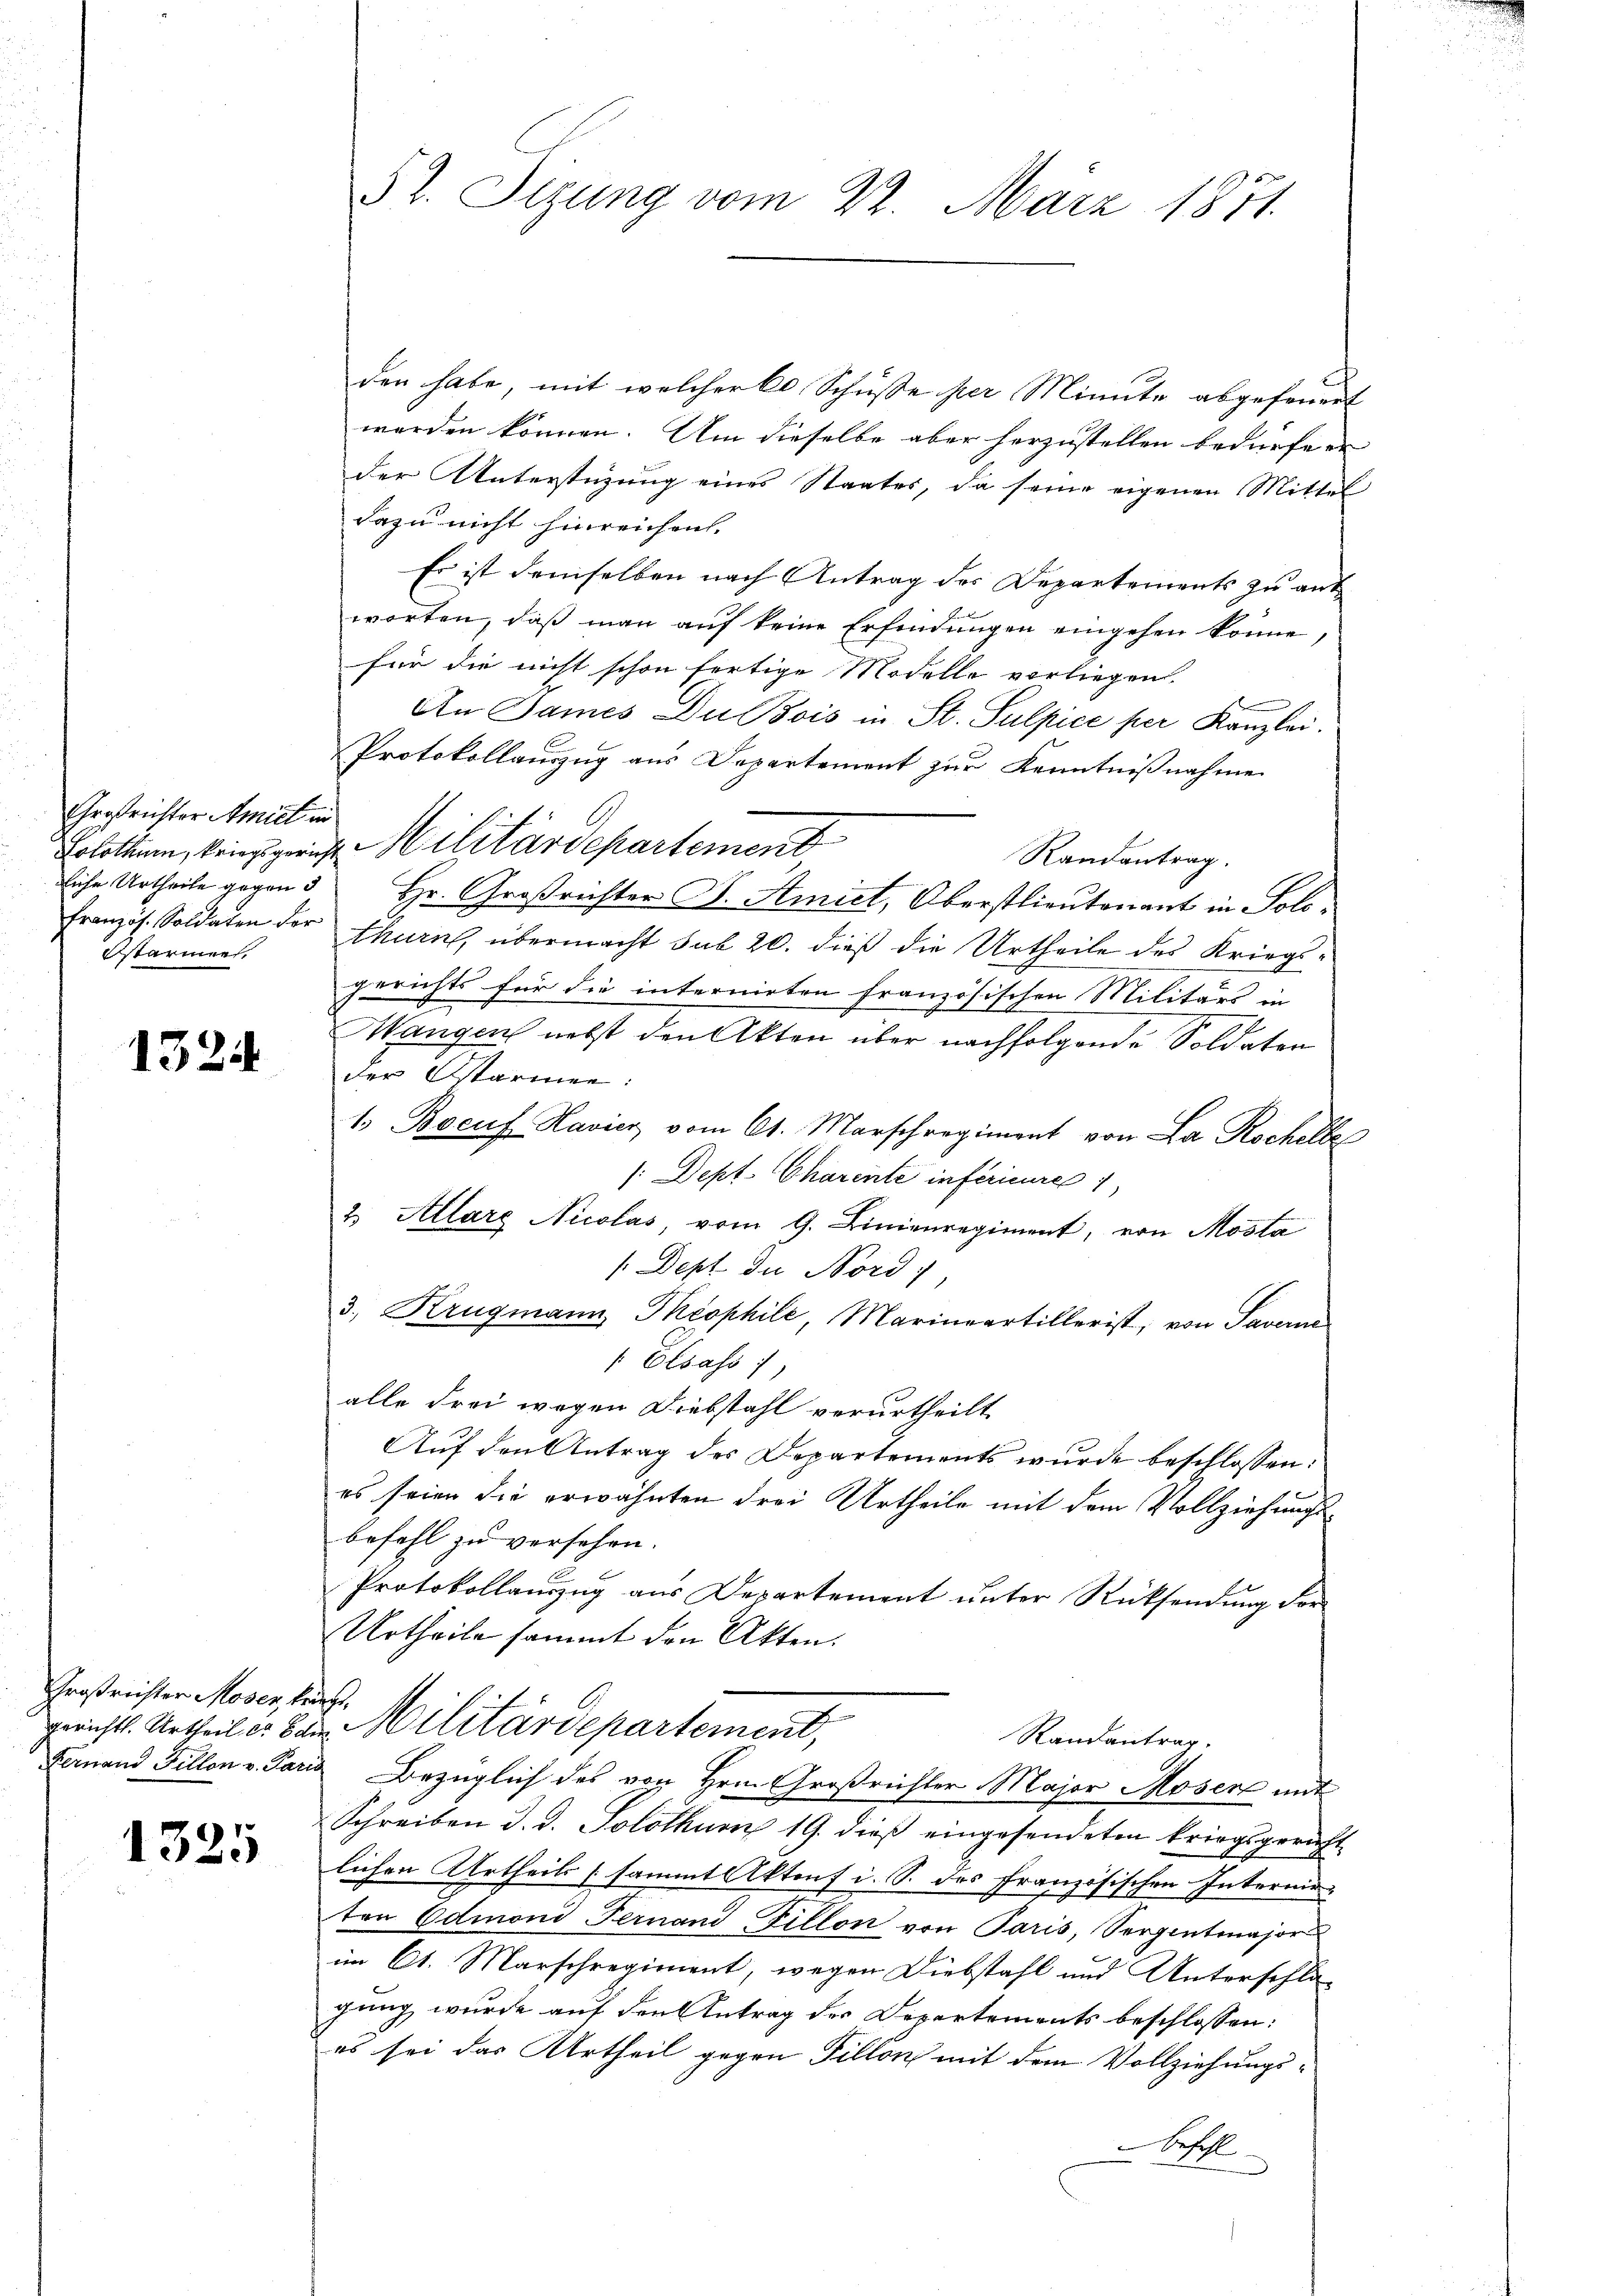
Großenster Amiet in
Bstarmen.

1324

Großrichter Moser, kraft.

1325

52. Sizung vom 22. März 1871.

den habe, mit welcher C. Schüsse per Minute abgefeuert
werden können. Um dieselbe aber herzustellen bedürfen
der Unterstüzung eines Staates, da seine eigenen Mittel
dazu nicht hinreichen. |
Es ist demselben nach Antrag des Departements zu ant
worten, daβ man auf keine Erfindungen eingehen könne,
für die nicht schon fertige Modelle verliegen.
An James Du Bois in St. Sulpice per Kanzlei.
Protokollauszug aus Departement zur Kenntnißnahme
Solothurn, kein gericht Militärdepartement
Randantrag.
liche Urtheile gegen 3 Hr. Großrichter B. Amict, Oberstlieutenant in Solo¬
Französ. Soldaten der Thurn, übermacht sub 20. dieß die Urtheile des Kriegsgerichts für die internirten französischen Militärs in
Mangen nebst den Akten über nachfolgende Soldaten
der Starmen:
1. Boeuf Havier vom 61. Marschregiment von La Rochelbe
/:Dept Charente inférieure
2. Allarg Nicolas, vom 9. Linienregiment, von Mosta
/Dept. du Nord
3., Krugmann Theophile, Marineartiller ist, von Saverne
 Elsass
alle drei wegen Diebstahl verurtheilt
Auf den Antrag des Departements wurde beschlossen:
es seien die erwähnten drei Urtheile mit dem Vollziehungsbefehl zu versehen.
Protokollauszug aus Departement unter Rücksendung der
Urtheile sammt den Akten.
gericht. Urtheil er den Militärdepartement,
Randantrag.
Fernand Tillon v. Paris Bezüglich des von Hrn. Großrichter Major Moser mit
Schreiben d. d. Solothurn 19. dieß eingesendeten kriegsgericht
lichen Urtheils (sammt Aktens i. S. des französischen Internirten Admoni Fernand Fillon von Paris, Serpentmajor
im Ct. Marschregiment, wegen Diebstahl und Unterschlagung wurde auf den Antrag der Departements beschlossen:
es sei das Urtheil gegen Tillon mit dem Vollziehungsbefehl
e